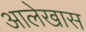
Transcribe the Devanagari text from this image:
आलेखास